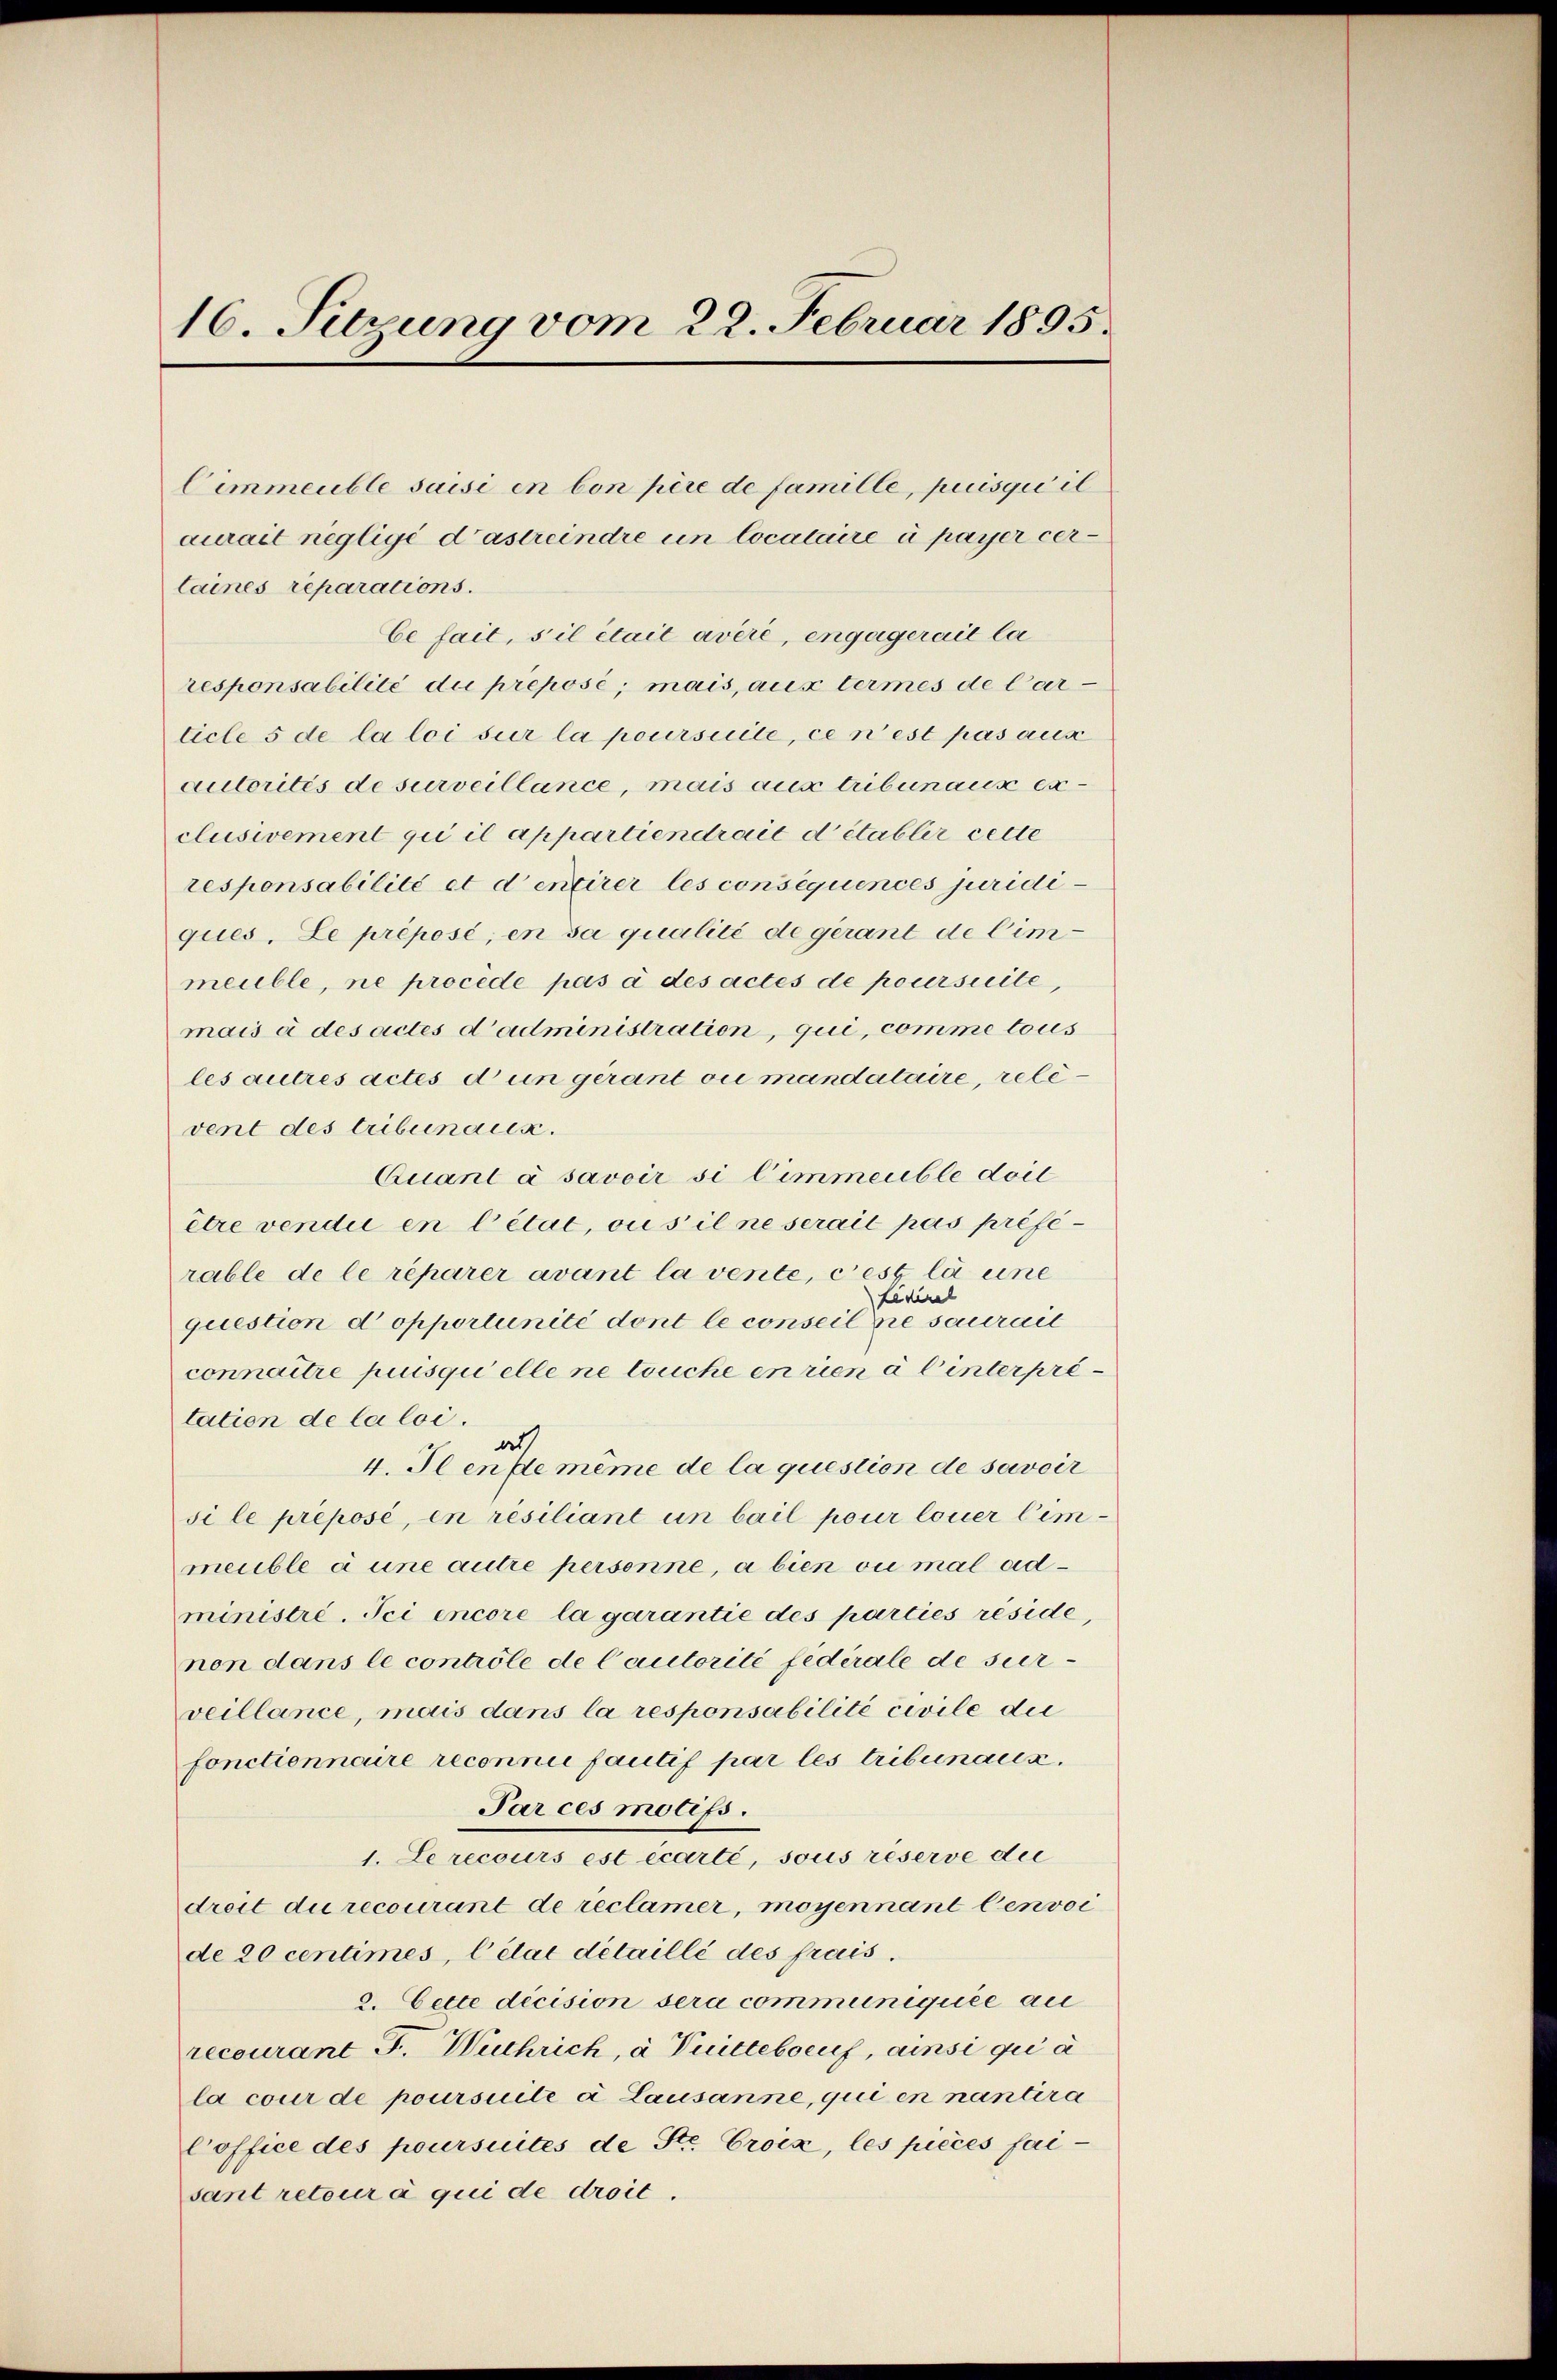
16. Setzung vom 22. Februar 1895.

laines reparations.
responsabilité die préposé; mais, aux termes de Car
ticle 5 de la loi sur la poursuite, ce n’est pas aux
autorités de surveillance, mais aus tribunaus exclusivement qui il appartiendrait détablir cette
responsabilité et dentirer les consequences juridiques, Le préposé, en sa qualité de gerant de Cimmeuble, ne procede pas à des actes de poursuite,
mais à des actes d’administration, qui, comme tous
les autres actes dun gerant ou mandataire, relevent des tribunaux.
Quant à savoir si l’immeuble doil
être vendii en Citat, ou s’il ne serait pas préférable de le réparer avant la vente, c’est la eine
Leviral
question d opportunité dont le conseil sie sauerait
connaitre puisqui elle ne touche en rien à l’interpre
tation de la loi.
als
4. Fenste même de la question de savoir
si le préposé, en résiliant un bail pour louer Cemmeuble à une autre personne, a bien ou mal ad
ministre. Sei encore la garantie des parties reside
non dans le contrôle de Cautorité fédérale de surveillance, mais dans la responsabilité civile die
fonctionneure reconnie fautif par les tribunaux.
Par ces motifs.
1. Le recours est écarté, sous réserve die
dreit du recourant de reclamer, moyennant lenvoi
de 20 centimes, l’état detaillé des frais.
2. Cette decision sera communiquée au
recourant F. Weihrich, à Vuittebrief, ainsi qui a
la cour de poursuite à Lausanne, qui en nantera
Coffice des poursuites de Str. Croix, les pièces faisant retour à qui de droit.

Cimmeuble saisi in bon père de famille, puisqui il
aurait negligé d’astreindre in Cocataire à payer cer¬
Ce fait, s’il était avere, engagerait la